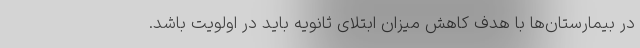
در بیمارستان‌ها با هدف کاهش میزان ابتلای ثانویه باید در اولویت باشد.